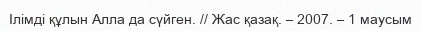
Ілімді құлын Алла да сүйген. // Жас қазақ. – 2007. – 1 маусым